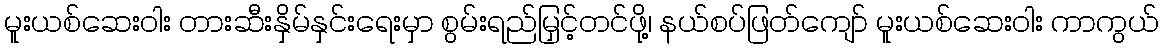
မူးယစ်ဆေးဝါး တားဆီးနှိမ်နှင်းရေးမှာ စွမ်းရည်မြှင့်တင်ဖို့၊ နယ်စပ်ဖြတ်ကျော် မူးယစ်ဆေးဝါး ကာကွယ်